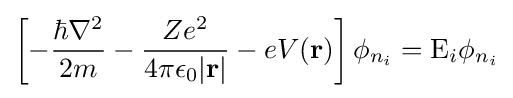
\left[-{\frac {\hbar \nabla ^{2}}{2m}}-{\frac {Ze^{2}}{4\pi \epsilon _{0}|\mathbf {r} |}}-eV(\mathbf {r} )\right]\phi _{n_{i}}=\mathrm {E} _{i}\phi _{n_{i}}